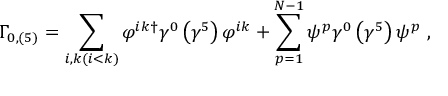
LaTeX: \Gamma _ { 0 , \left( 5 \right) } = \sum _ { i , k ( i < k ) } \varphi ^ { i k \dagger } \gamma ^ { 0 } \left( \gamma ^ { 5 } \right) \varphi ^ { i k } + \sum _ { p = 1 } ^ { N - 1 } \psi ^ { p } \gamma ^ { 0 } \left( \gamma ^ { 5 } \right) \psi ^ { p } \ ,